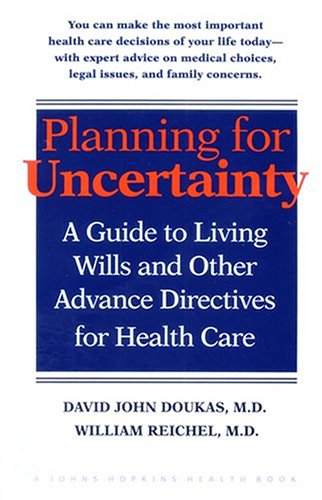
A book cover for Planning for Uncertainty: A Guide to Living Wills and Other Advance Directives for Health Care; Dr. David John Doukas MD; Law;